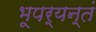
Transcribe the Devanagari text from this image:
भूपर्यन्तं